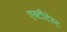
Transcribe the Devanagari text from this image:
एक्टीटेस्ट